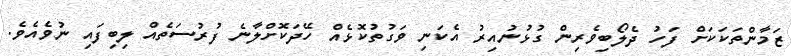
ޒަމާންތަކަކަށް ފަހު ދެލޯބިވެރިން ގުޅުނުއިރު އެކަނި ވަގުތުކޮޅެއް ހޭދަކޮށްލާނެ ފުރުސަތެއް ލިބިފައި ނުވެއެވެ.